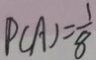
P ( A ) = \frac { 1 } { 8 }